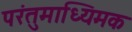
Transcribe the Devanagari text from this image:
परंतुमाध्यिमक